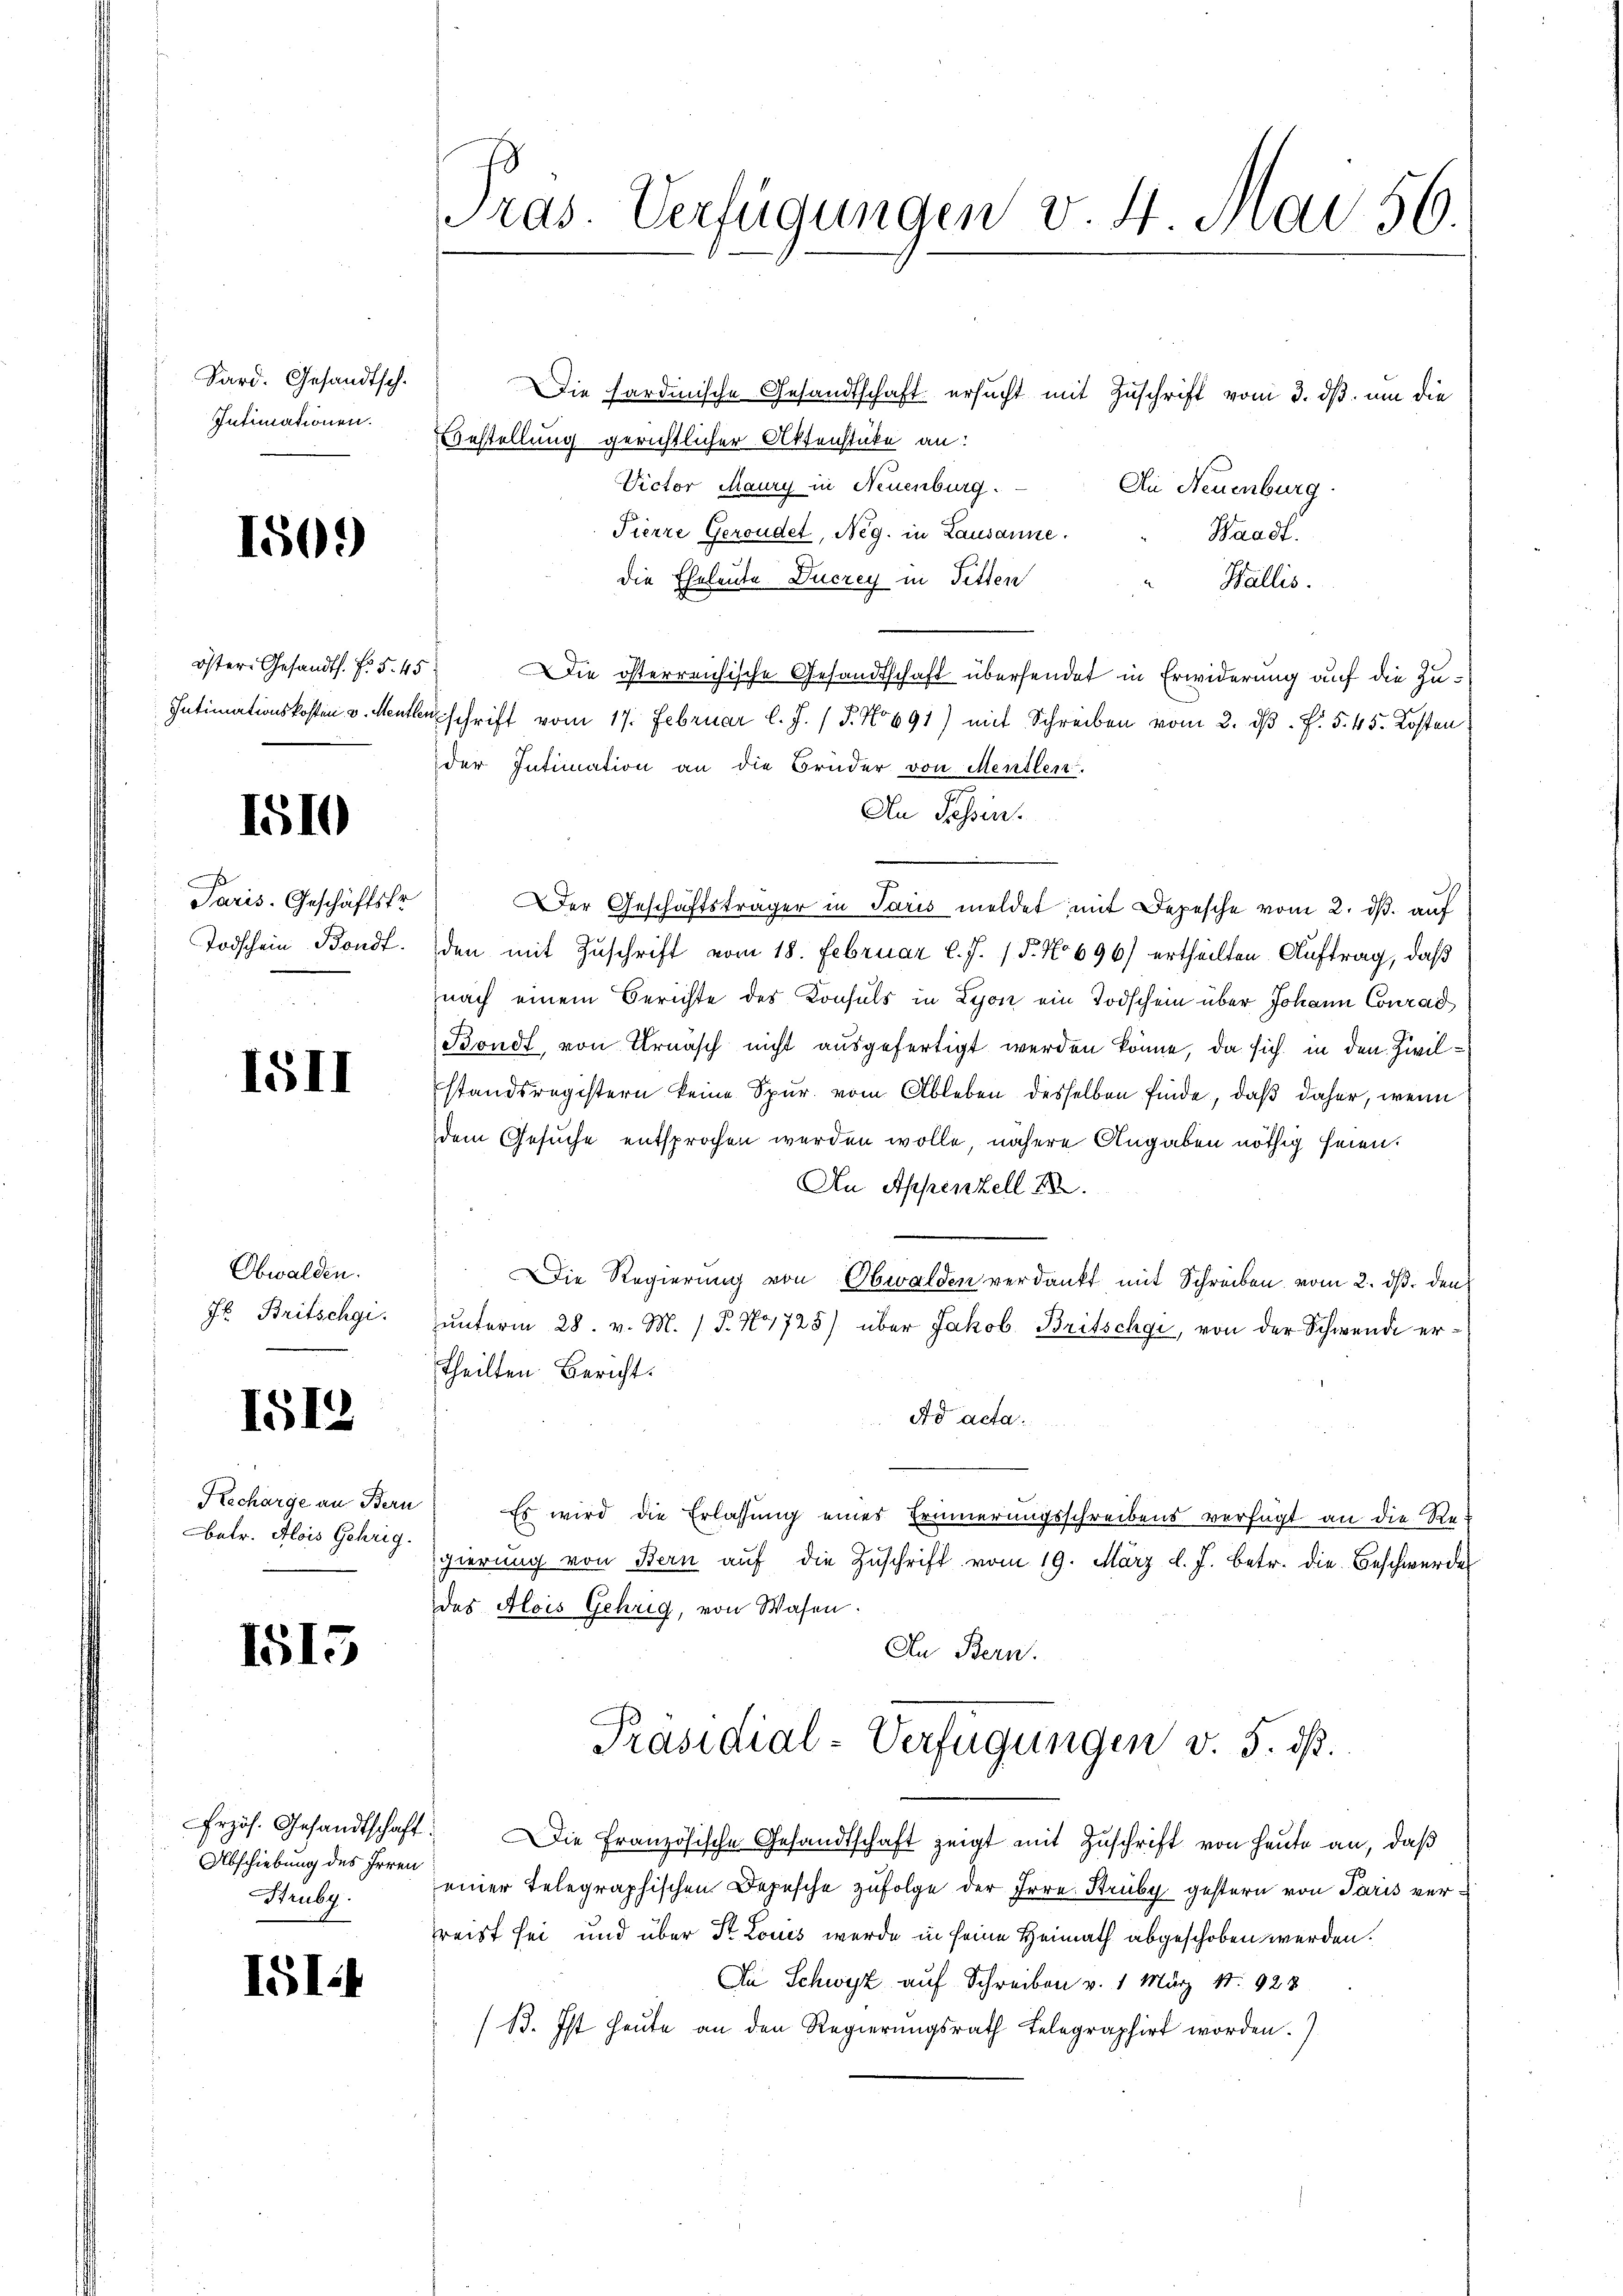
Sard. Gesandtsch.
Intimationen.

1509)

öster Gesandt. F. S. 45
Intimationskosten v. Mentler

1510

Paris. Geschäftstr
Todschein Bondt.

I5II

Obwalden.
f. Britschgi.

1512

Recharge an Bern
etr. Alois Gehrig

1513

rzös. Gesandtschaft:
Abschiebung des Irren
Struby.

IGI.

Pras. Verfügungen v. 4. Mai 56.

Die sardinische Gesandtschaft ersucht mit Zuschrift vom 3. ds. um die
Bestellung gerichtlicher Aktenstücke an:
Victor Maury in Neuenburg.
Die Neuenburg
Pierre Geroudet, Neg. in Lausanne.
Waadt.
die Eheleute Ducrey in Fetten
Wallis.
Die österreichische Gesandtschaft übersendet in Erwiderung auf die Zuschrift vom 17. Februar l. J. / 5. No 691) mit Schreiben vom 2. dβ. f. 545. Kosten
der Intimation an die Brüder von Mentlen.
An Tessin.
Der Geschäftsträger in Paris meldet, mit Depesche vom 2. ds. auf
den mit Zuschrift vom 18. Februar l. J. 18. No 696) ertheilten Auftrag, daß
nach einem Berichte des Konsuls in Lyon ein Todschein über Johann Conrad
Bondt, von Urnasch nicht ausgefertigt werden könne, da sich in den Zivilstandsregistern keine Spur. vom Ableben desselben finde, daß daher, wenn
dem Gesuche entsprochen werden wolle, nähere Angaben nöthig seien.
An Appenzell 18
.
Die Regierung von Obwalden verdankt mit Schreiben vom 2. ds. den
ŭnterm 28. v. M. (T. 44725) über Jakob Britschgi, von der Schwende ertheilten Bericht.
Ad acta
Es wird die Erlassung eines Erinnerungsschreibens verfügt an die Regierung von Bern aŭf die Zŭschrift vom 19. März l. J. betr. die Beschwerde
des Alois Gehrig, von Wasen.
In Bern.
Präsidial-Verfügungen v. 5. dß.
Die Französische Gesandtschaft zeigt mit Zuschrift von heute an, daß
einer telegraphischen Depesche zufolge der Irre. Struby gestern von Paris verreist sei und über St. Louis werde in seine Heimath abgeschoben werden.
Du Schwyz auf Schreiben v. 1. März 18. 928
(B. Ist heŭte an den Regierŭngsrath Telegraphirt worden.)